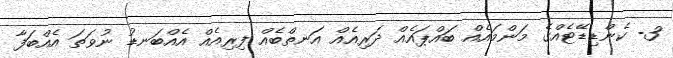
3- ކެންޑިޑޭޓެއްގެ މަންމައެއް ބައްޕައެއް ދަރިއެއް އަނތްބެއް ފިރިއެއް އެއްބަނޑު ނުވަތަ އެއްބަފާ